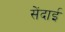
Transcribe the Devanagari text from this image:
सेंदाई